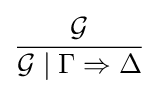
{\frac {\mathcal {G}}{{\mathcal {G}}\mid \Gamma \Rightarrow \Delta }}